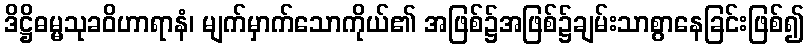
ဒိဋ္ဌိဓမ္မသုခဝိဟာရာနံ၊ မျက်မှာက်သောကိုယ်၏ အဖြစ်၌အဖြစ်၌ချမ်းသာစွာနေခြင်းဖြစ်၍